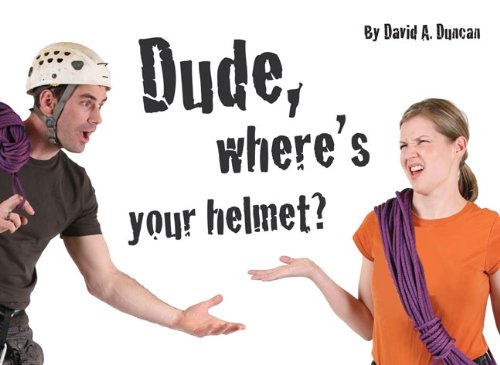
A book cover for Dude, Where's Your Helmet?; David A. Duncan; Children's Books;